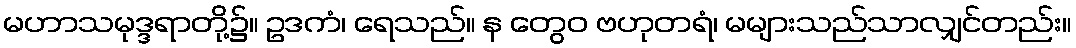
မဟာသမုဒ္ဒရာတို့၌။ ဥဒကံ၊ ရေသည်။ န တွေဝ ဗဟုတရံ၊ မများသည်သာလျှင်တည်း။